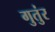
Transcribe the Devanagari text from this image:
गुतुंर